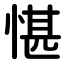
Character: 愖